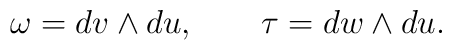
\omega=dv \wedge du,\quad \quad \tau=dw \wedge du.